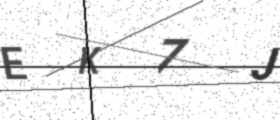
Text: EK7J